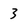
Character: 3